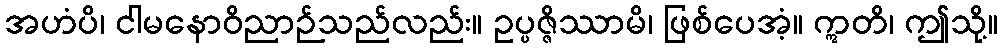
အဟံပိ၊ ငါမနောဝိညာဉ်သည်လည်း။ ဥပ္ပဇ္ဇိဿာမိ၊ ဖြစ်ပေအံ့။ ဣတိ၊ ဤသို့။